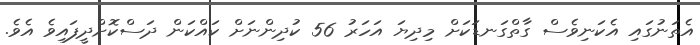
އެތަނުގައި އެކަނިވެސް ގާތްގަނޑަކަށް މިދިޔަ އަހަރު 56 ކުދިންނަށް ކައްކަން ދަސްކޮށްދީފައިވެ އެވެ.